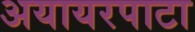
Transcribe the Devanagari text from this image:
अयायरपाटा